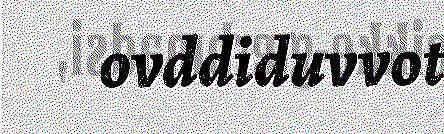
ovddiduvvot